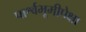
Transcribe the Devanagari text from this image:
पार्श्वभूमीपेक्षा